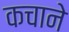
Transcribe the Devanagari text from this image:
कचाने